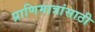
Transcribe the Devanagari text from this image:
प्राणिमात्रांसाठी